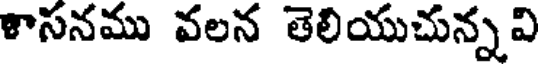
శాసనము వలన తెలియుచున్నవి